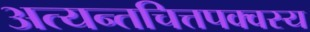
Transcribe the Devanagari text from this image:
अत्यन्तचित्तपक्वस्य